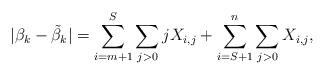
LaTeX: \begin{align*}|\beta_k-\tilde{\beta}_k|=\sum_{i=m+1}^S\sum_{j>0}jX_{i,j}+\sum_{i=S+1}^n\sum_{j>0}X_{i,j},\end{align*}